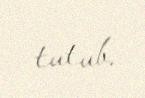
tutub.